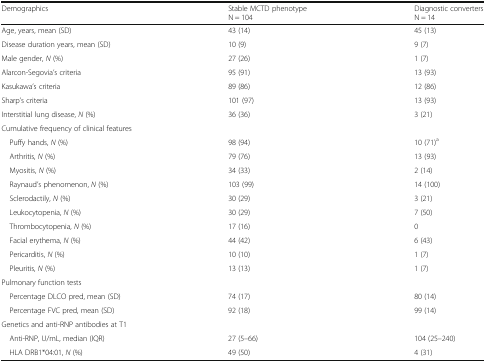
<table><thead><tr><td><b>Demographics</b></td><td><b>Stable MCTD phenotypeN = 104</b></td><td><b>Diagnostic convertersN = 14</b></td></tr></thead><tbody><tr><td>Age, years, mean (SD)</td><td>43 (14)</td><td>45 (13)</td></tr><tr><td>Disease duration years, mean (SD)</td><td>10 (9)</td><td>9 (7)</td></tr><tr><td>Male gender, <i>N</i> (%)</td><td>27 (26)</td><td>1 (7)</td></tr><tr><td>Alarcon-Segovia’s criteria</td><td>95 (91)</td><td>13 (93)</td></tr><tr><td>Kasukawa’s criteria</td><td>89 (86)</td><td>12 (86)</td></tr><tr><td>Sharp’s criteria</td><td>101 (97)</td><td>13 (93)</td></tr><tr><td>Interstitial lung disease, <i>N</i> (%)</td><td>36 (36)</td><td>3 (21)</td></tr><tr><td colspan="3">Cumulative frequency of clinical features</td></tr><tr><td> Puffy hands, <i>N</i> (%)</td><td>98 (94)</td><td>10 (71)<sup>a</sup></td></tr><tr><td> Arthritis, <i>N</i> (%)</td><td>79 (76)</td><td>13 (93)</td></tr><tr><td> Myositis, <i>N</i> (%)</td><td>34 (33)</td><td>2 (14)</td></tr><tr><td> Raynaud’s phenomenon, <i>N</i> (%)</td><td>103 (99)</td><td>14 (100)</td></tr><tr><td> Sclerodactily, <i>N</i> (%)</td><td>30 (29)</td><td>3 (21)</td></tr><tr><td> Leukocytopenia, <i>N</i> (%)</td><td>30 (29)</td><td>7 (50)</td></tr><tr><td> Thrombocytopenia, <i>N</i> (%)</td><td>17 (16)</td><td>0</td></tr><tr><td> Facial erythema, <i>N</i> (%)</td><td>44 (42)</td><td>6 (43)</td></tr><tr><td> Pericarditis, <i>N</i> (%)</td><td>10 (10)</td><td>1 (7)</td></tr><tr><td> Pleuritis, <i>N</i> (%)</td><td>13 (13)</td><td>1 (7)</td></tr><tr><td colspan="3">Pulmonary function tests</td></tr><tr><td> Percentage DLCO pred, mean (SD)</td><td>74 (17)</td><td>80 (14)</td></tr><tr><td> Percentage FVC pred, mean (SD)</td><td>92 (18)</td><td>99 (14)</td></tr><tr><td colspan="3">Genetics and anti-RNP antibodies at T1</td></tr><tr><td> Anti-RNP, U/mL, median (IQR)</td><td>27 (5–66)</td><td>104 (25–240)</td></tr><tr><td> HLA DRB1*04:01, <i>N</i> (%)</td><td>49 (50)</td><td>4 (31)</td></tr></tbody></table>